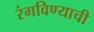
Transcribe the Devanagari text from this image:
रंगविण्याची